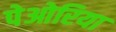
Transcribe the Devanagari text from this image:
पेओरिया